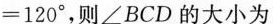
= 1 2 0° $$ ，则 $$ ∠ B C D $$ 的大小为